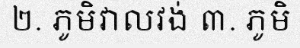
២. ភូមិវាលវង់ ៣. ភូមិ